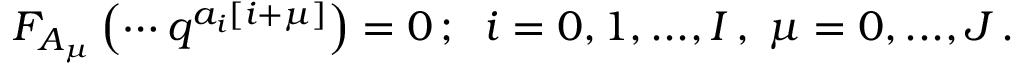
F _ { A _ { \mu } } \left( \cdots q ^ { a _ { i } \left[ i + \mu \right] } \right) = 0 \, ; \; \; i = 0 , 1 , . . . , I \, , \; \mu = 0 , . . . , J \, .